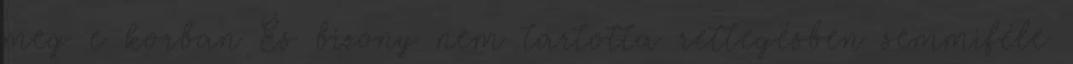
meg e korban És bizony nem tartotta rettegésben semmiféle